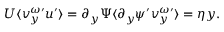
U \langle v _ { y } ^ { \omega \prime } u ^ { \prime } \rangle = \partial _ { y } \Psi \langle \partial _ { y } \psi ^ { \prime } v _ { y } ^ { \omega \prime } \rangle = \eta y .